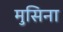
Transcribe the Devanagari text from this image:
मुसिना